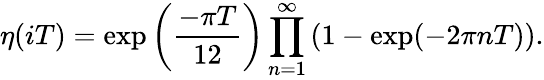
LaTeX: \eta(iT)=\exp\left(\frac{-\pi T}{12}\right)\prod_{n=1}^{\infty}\left(1-\exp(-2\pi nT)\right).